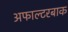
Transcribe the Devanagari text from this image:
अफाल्टरबाक